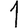
Digit: 1